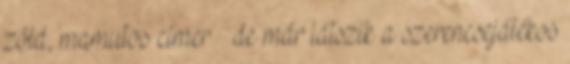
zöld, mamutos címer – de már látszik a szerencsejátékos